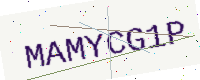
Text: MAMYCG1P